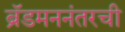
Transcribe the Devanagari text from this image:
ब्रॅडमननंतरची